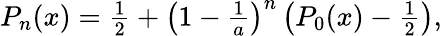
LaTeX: \begin{array}{r}{P_{n}(x)=\frac{1}{2}+\left(1-\frac{1}{a}\right)^{n}\left(P_{0}(x)-\frac{1}{2}\right),}\end{array}